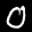
Label: 0